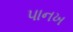
પાનખ